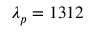
\lambda _ { p } = 1 3 1 2